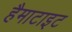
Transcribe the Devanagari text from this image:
हैमाटाइट